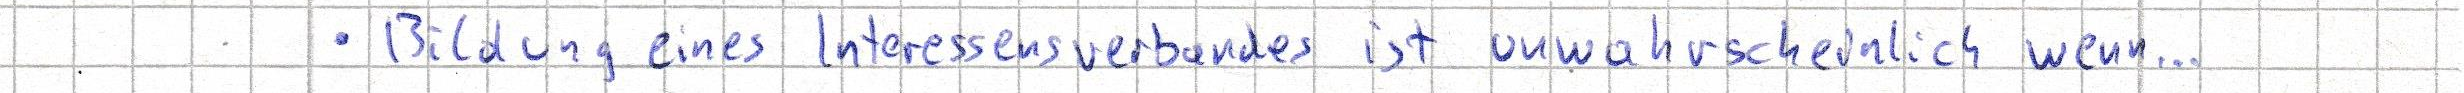
- Bildung eines Interessensverbandes ist unwahrscheinlich wenn...